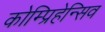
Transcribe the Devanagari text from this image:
कोम्प्रिहेन्सिव